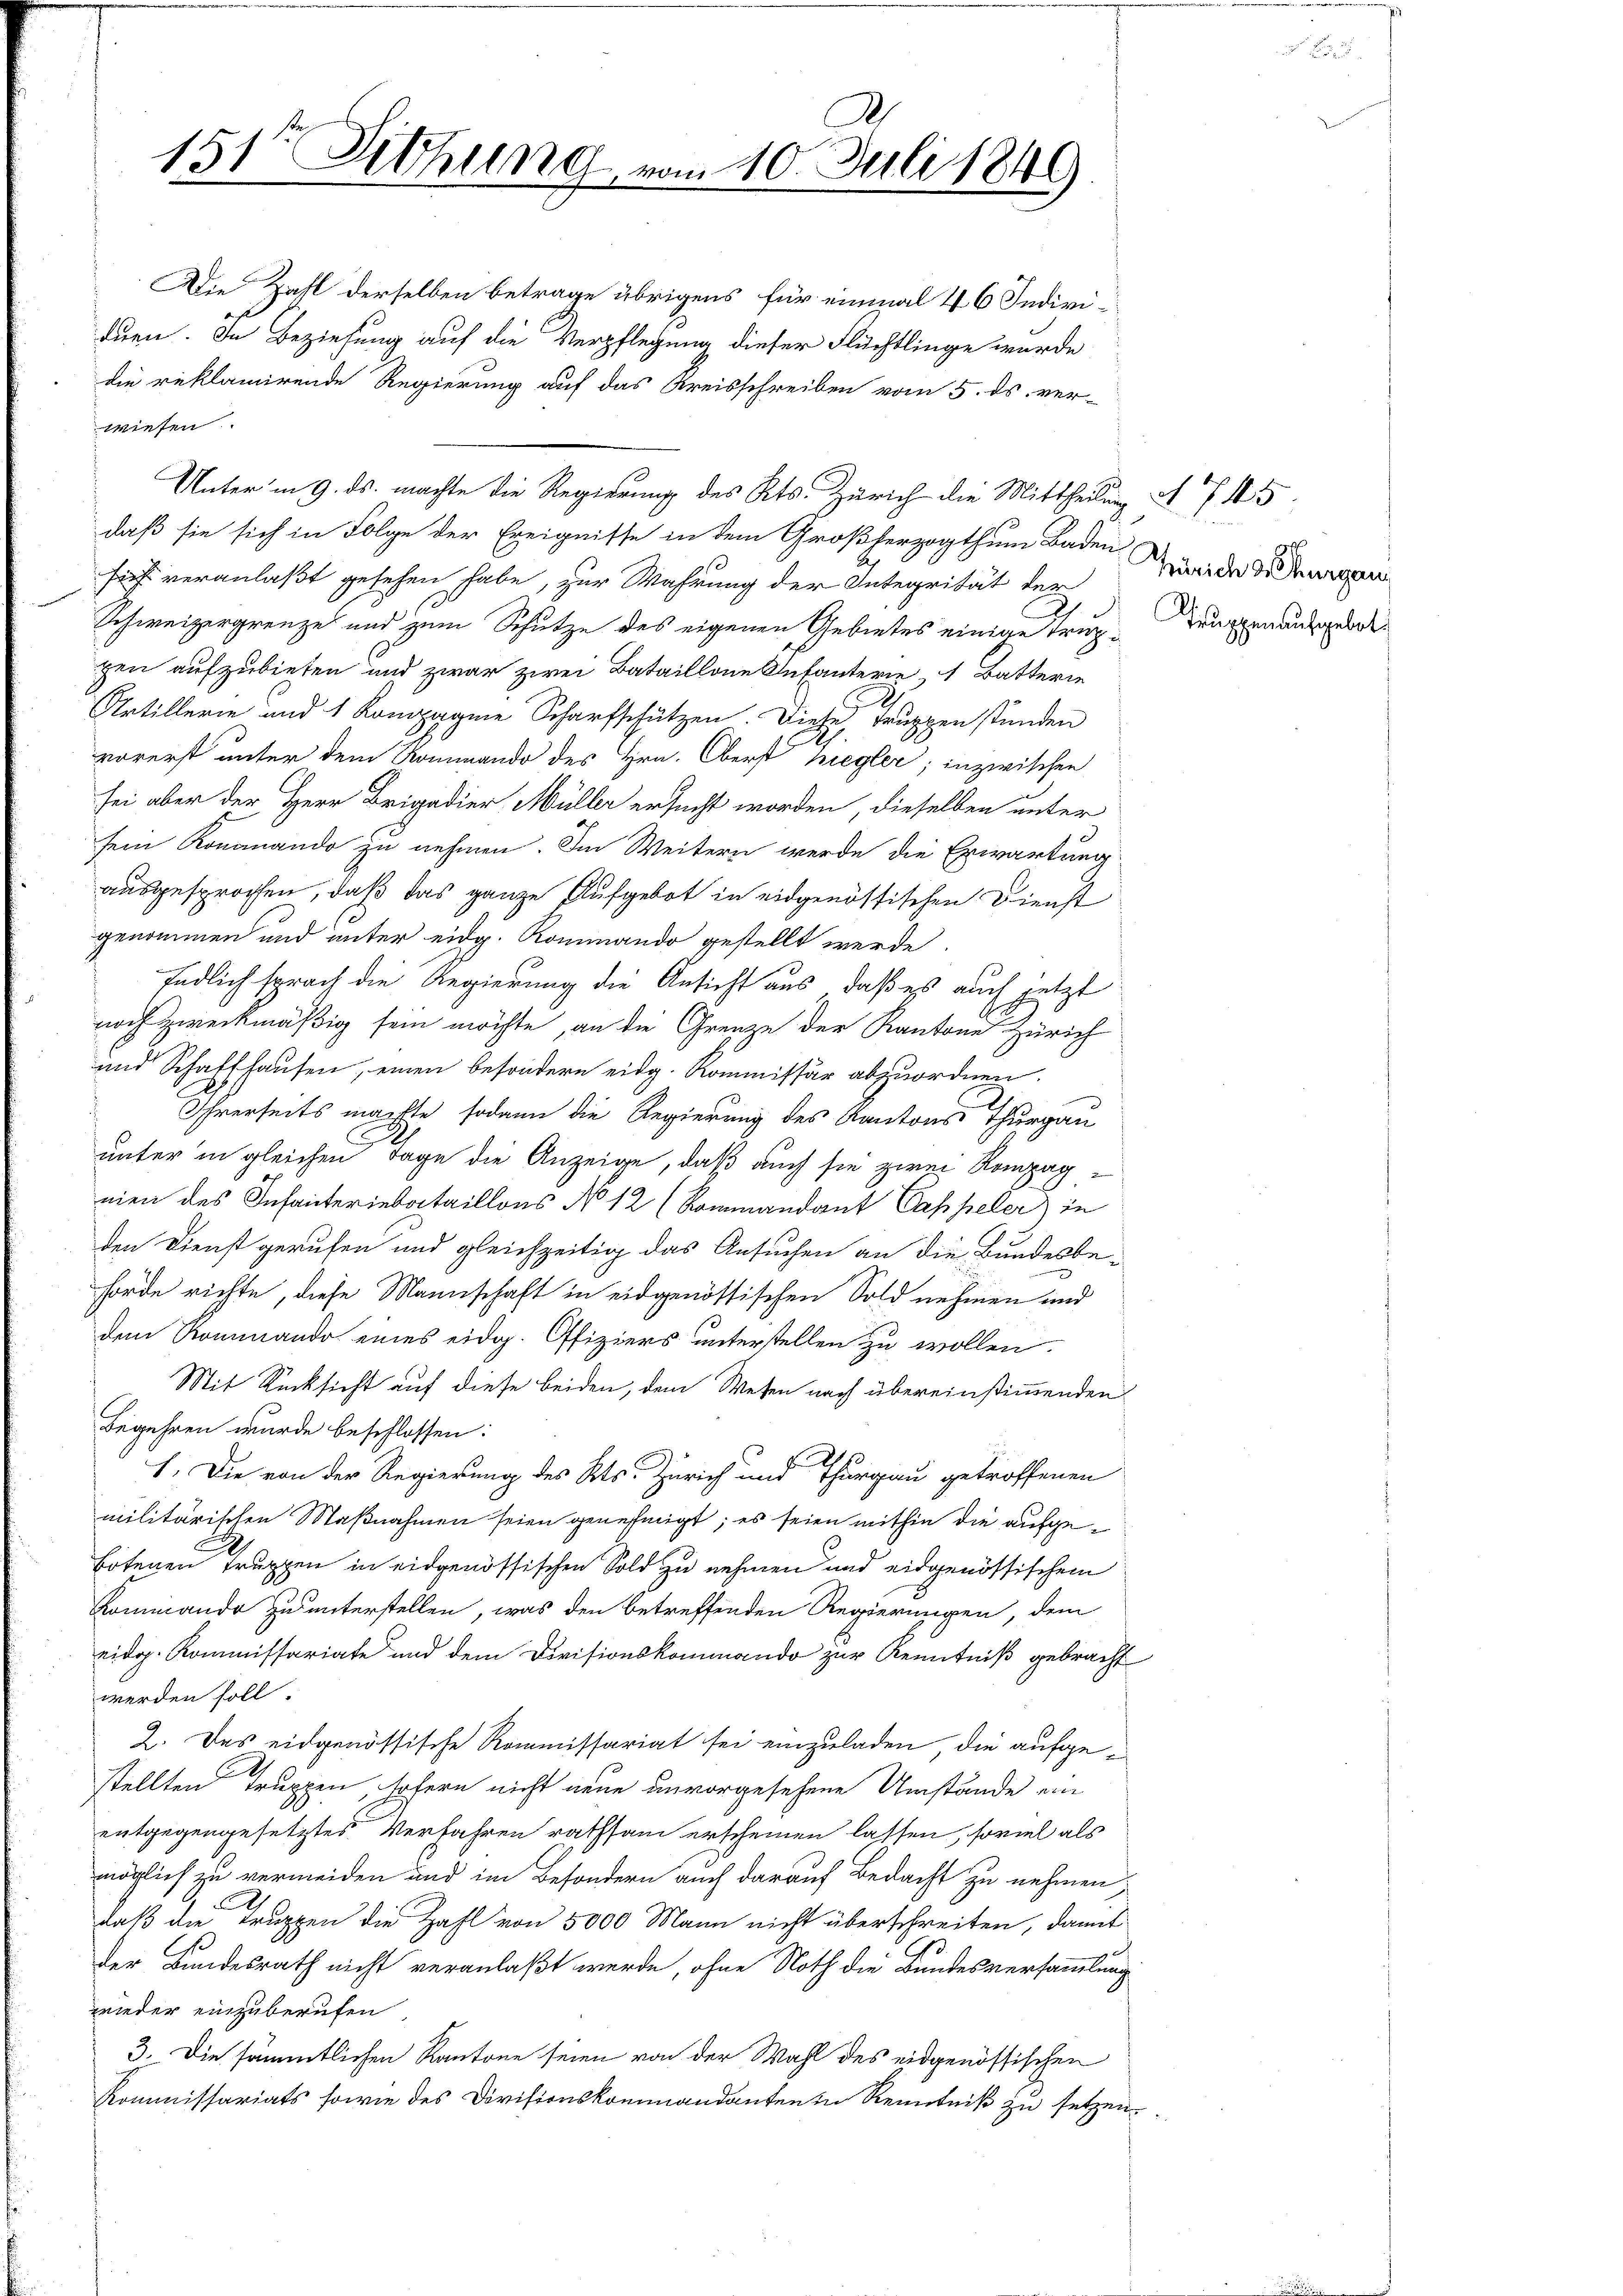
Die Zahl derselben betrage übrigens für einmal 4 6 Individuen. In Beziehung auf die Verpflegung dieser Flüchtlinge wurde
die reklamirende Regierung auf das Kreisschreiben vom 5. ds. ver-
wiesen.
Unter in 9. ds. machte die Regierung des Kts. Zürich die Mittheilung A 745.
daß sie sich in Folge der Ereignisse in dem Großherzogthum Baden-
sich veranlaßt gesehen habe, zur Wahrung der Integrität der Waide dienen
Schweizergrenze und zum Schutze des eigenen Gebietes einige Trup- Truppenausgeborpen aufzubieten und zwar zwei Bataillone Infanterie Batterie
Artillerie und 1 Kompagnie Scharfschützen. Diese Truppen stünden
vorerst unter dem Rommando des Hrn. Oberst Ziegler; inzwischen
sei aber der Herr Brigadier Müller ersucht worden, dieselben unter
sein Konanando zu nehmen. Im Weitern werde die Erwartung
ausgesprochen, daß das ganze Aufgebot in eidgenössischen Dienst
genommen und unter eidg. Rommando gestellt werde
Endlich sprach die Regierung die Ansicht aus, daß es auch jetzt
noch zweckmäßig sein möchte, an die Grenze der Kantone Zürich
und Schaffhausen, einen besondern eidg. Kommissär abzuordnen.
Ihrerseits machte, sodann die Regierung des Kantons Thurgau
unter in gleichen Tage die Anzeige, daß auch sie zwei Rompagnien des Infanteriebataillons No 12 (Kommandant Cappeler) in
den Dienst gerufen und gleichzeitig das Ansuchen an die Bundesbe-
hörde richte, diese Mannschaft in eidgenössischen Sold nehmen und
den Rominando eines eidg. Offiziers unterstellen zu wollen.
Mit Rücksicht auf diese beiden, dem Wesen nach übereinstimmenden
Begehren wurde beschlossen:
1. Die von der Regierung des Kts. Zürich und Thurgau getroffenen
militärischen Maßnahmen seien genehmigt; es seien mithin die aufge¬
Botenen Truppen in eidgenössischen Sold zu nehmen und eidgenössischem
Rominando zu unterstellen, was den betreffenden Regierungen, dem
eidg. Kommissariate und dem Divisionskommando zur Kenntniß gebracht
werden soll.
2. Das eidgenössische Kommissariat sei einzuladen, die aufgestellten Truppen, sofern nicht neue unvorgesehene Umstände ein
entgegengesetztes Verfahren rathsam erscheinen lassen, soviel als
möglich zu vermeiden und im Besondern auch darauf Bedacht zu nehmen,
daß die Truppen die Zahl von 5000 Mann nicht überschreiten, damit
Der Bundesrath nicht veranlaßt werde, ohne Noth die Bundesversammlung
wieder einzuberufen
3. Die sämmtlichen Kantone seien von der Wahl des eidgenössischen
Kommissariats sowie des Divisionskommandanten in Kenntniß zu setzen

i
151 Aethung vom 10. Juli 1849
.